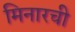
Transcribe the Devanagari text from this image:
मिनारची